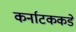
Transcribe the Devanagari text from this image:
कर्नाटककडे